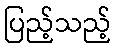
ပြည့်သည့်